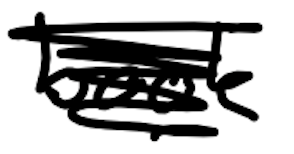
Text: book
Cross-out: scratch
Writing tool: digital_black